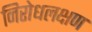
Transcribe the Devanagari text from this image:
निरोधलक्षण